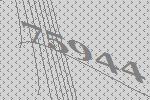
75944